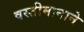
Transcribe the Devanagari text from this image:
वस्तीमानाने